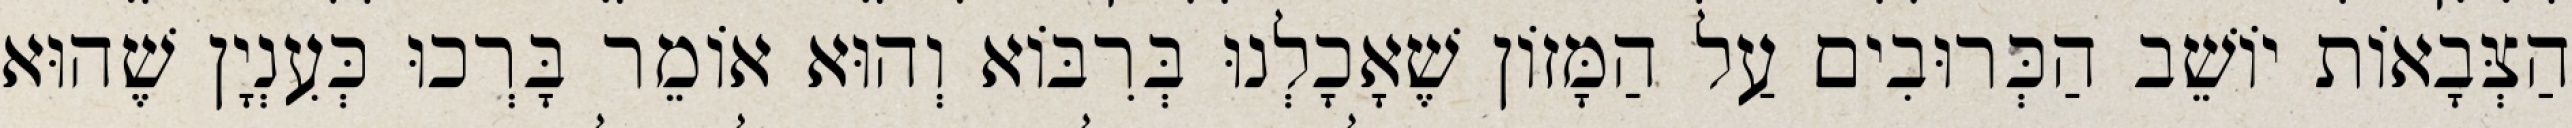
הַצְּבָאוֹת יוֹשֵׁב הַכְּרוּבִים עַל הַמָּזוֹן שֶׁאָכָלְנוּ בְּרִבּוֹא וְהוּא אוֹמֵר בָּרְכוּ כְּעִנְיָן שֶׁהוּא